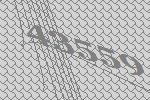
43559